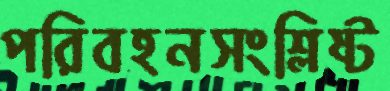
পরিবহনসংশ্লিষ্ট